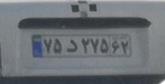
۷۵د۲۷۵۶۲